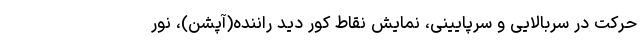
حرکت در سربالایی و سرپایینی، نمایش نقاط کور دید راننده(آپشن)، نور